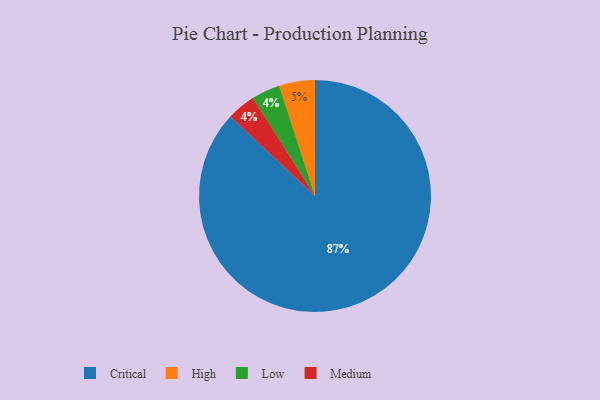
{"axis": {"x": "Category", "y": "Percentage"}, "legend": ["Critical", "High", "Low", "Medium"], "data": [{"x": "High", "y": 5, "type": "High"}, {"x": "Critical", "y": 87, "type": "Critical"}, {"x": "Low", "y": 4, "type": "Low"}, {"x": "Medium", "y": 4, "type": "Medium"}]}